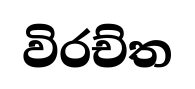
විරච්ත